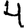
Digit: 4